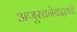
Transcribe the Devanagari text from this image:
अणूरचनेबद्दलचे